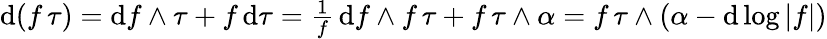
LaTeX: \begin{array}{r}{\mathrm{d}(f\, \tau)=\mathrm{d}f\wedge\tau+f\, \mathrm{d}\tau=\frac 1f\, \mathrm{d}f\wedge f\, \tau+f\, \tau\wedge\alpha=f\, \tau\wedge(\alpha-\mathrm{d}\log|f|)}\end{array}